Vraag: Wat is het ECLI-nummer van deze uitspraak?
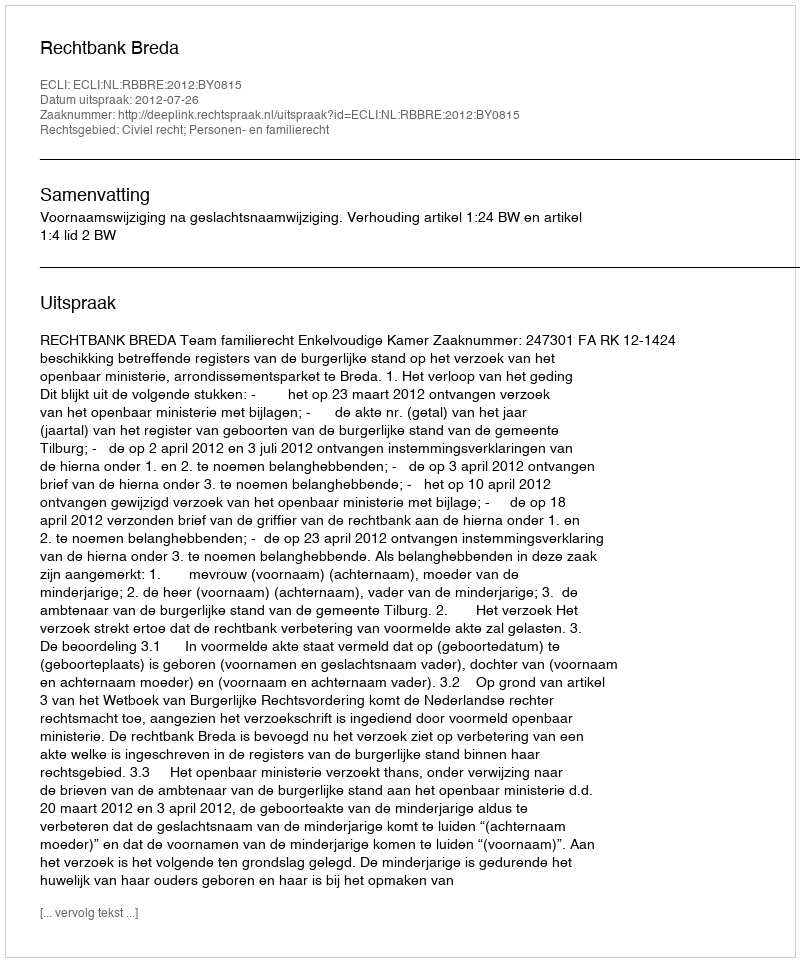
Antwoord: ECLI:NL:RBBRE:2012:BY0815